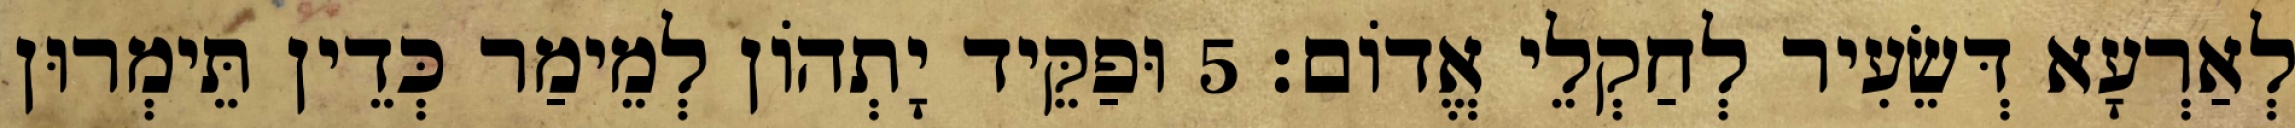
לְאַרְעָא דְּשֵׂעִיר לְחַקְלֵי אֱדוֹם׃ 5 וּפַקֵּיד יָתְהוֹן לְמֵימַר כְּדֵין תֵּימְרוּן